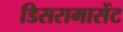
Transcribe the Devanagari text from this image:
डिसरामासेंट